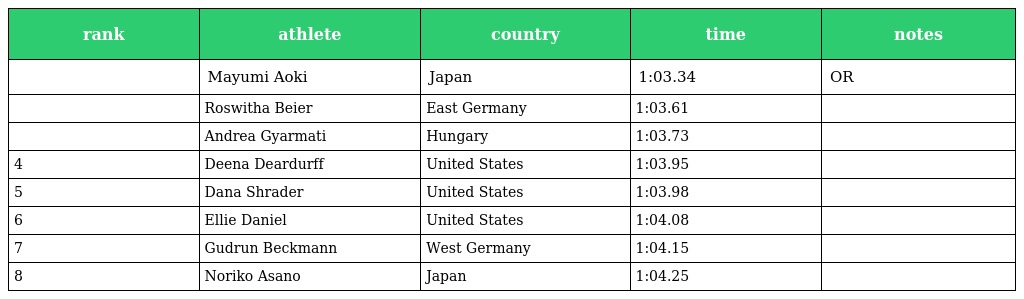
| rank | athlete | country | time | notes |
 | --- | --- | --- | --- | --- |
 |  | Mayumi Aoki | Japan | 1:03.34 | OR |
 |  | Roswitha Beier | East Germany | 1:03.61 |  |
 |  | Andrea Gyarmati | Hungary | 1:03.73 |  |
 | 4 | Deena Deardurff | United States | 1:03.95 |  |
 | 5 | Dana Shrader | United States | 1:03.98 |  |
 | 6 | Ellie Daniel | United States | 1:04.08 |  |
 | 7 | Gudrun Beckmann | West Germany | 1:04.15 |  |
 | 8 | Noriko Asano | Japan | 1:04.25 |  |